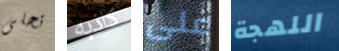
تحلى كاذبه على اللهجة